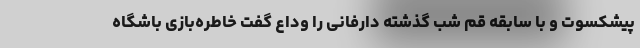
پیشکسوت و با سابقه قم شب گذشته دارفانی را وداع گفت خاطره‌بازی باشگاه